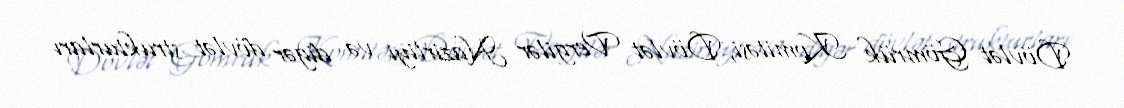
Dövlət Gömrük Komitəsi, Dövlət Vergilər Nazirliyi və digər dövlət strukturları